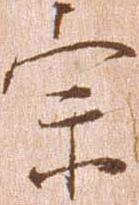
宗